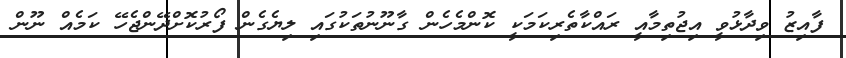
ފާއިޒު ވިދާޅުވީ އިޖުތިމާއީ ރައްކާތެރިކަމަކީ ކޮންމެހެން ގާނޫނުތަކުގައި ލިޔެގެން ފޯރުކޮށްދޭންޖެހޭ ކަމެއް ނޫން